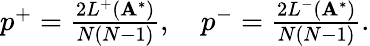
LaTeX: \begin{array}{r}{p^{+}=\frac{2L^{+}(\mathbf{A}^{*})}{N(N-1)},\quad p^{-}=\frac{2L^{-}(\mathbf{A}^{*})}{N(N-1)}.}\end{array}